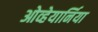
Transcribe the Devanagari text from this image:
ओव्हेयार्निया